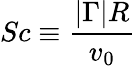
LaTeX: Sc\equiv{\frac{|\Gamma|R}{v_{0}}}